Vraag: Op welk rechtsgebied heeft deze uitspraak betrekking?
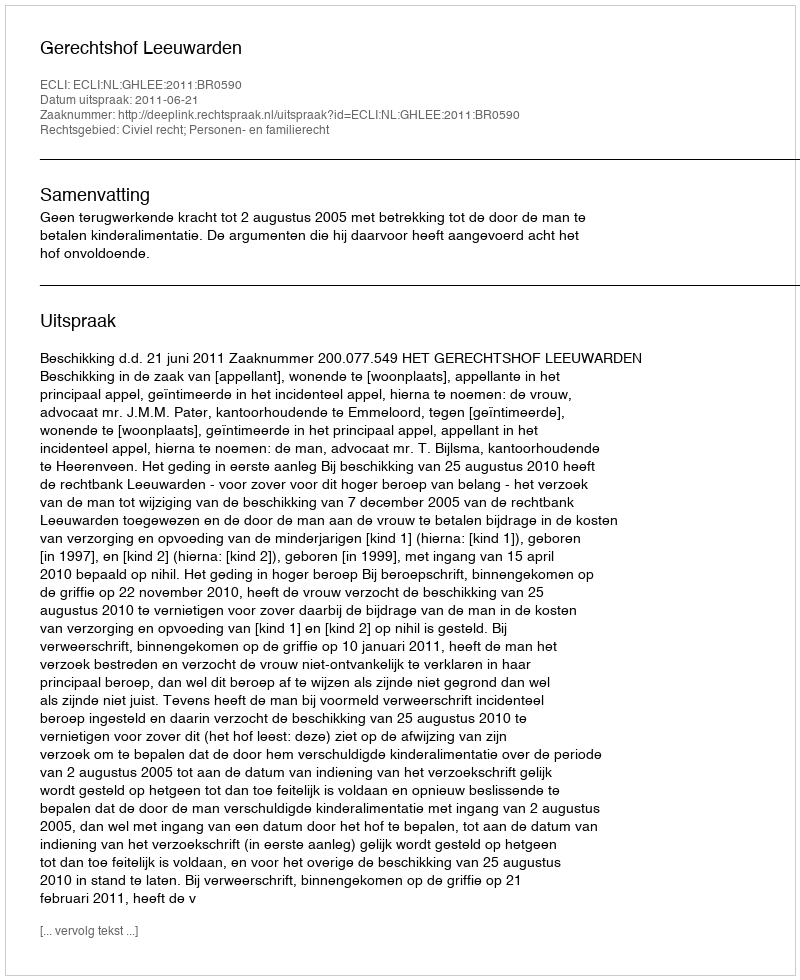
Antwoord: Civiel recht; Personen- en familierecht